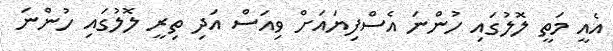
އެއީ މަތީ ލޮލުގައި ހުންނަ އެސްފިޔައަށް ވިއަސް އަދި ތިރީ ލޮލުގައި ހުންނަ